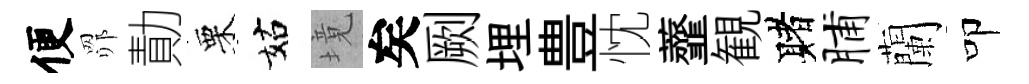
便𦊑勣栗姑境矣劂埋豊忱虀観赌脯蘭叩